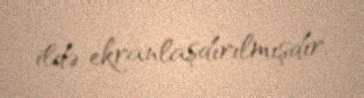
ildə ekranlaşdırılmışdır.